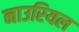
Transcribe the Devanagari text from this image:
नाउरियल